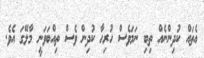
އެތައް ކުދިންނެއް ތިބި ނަމަވެސް ހުރިހާ ކުދިން ވެސް ތިއްބަވަނީ މާލޭގަ އެވެ.